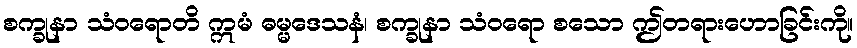
စက္ခုနာ သံဝရောတိ ဣမံ ဓမ္မဒေသနံ၊ စက္ခုနာ သံဝရော စသော ဤတရားဟောခြင်းကို။